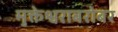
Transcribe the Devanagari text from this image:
मुक्तेश्वराबरोबर